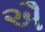
ઐ